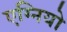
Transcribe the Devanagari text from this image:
एग्नियो